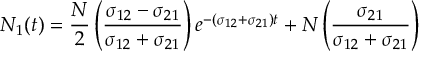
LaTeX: N _ { 1 } ( t ) = \frac { N } { 2 } \left( \frac { \sigma _ { 1 2 } - \sigma _ { 2 1 } } { \sigma _ { 1 2 } + \sigma _ { 2 1 } } \right) e ^ { - ( \sigma _ { 1 2 } + \sigma _ { 2 1 } ) t } + N \left( \frac { \sigma _ { 2 1 } } { \sigma _ { 1 2 } + \sigma _ { 2 1 } } \right)